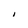
Character: I